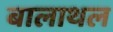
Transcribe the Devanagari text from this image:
बालाथल